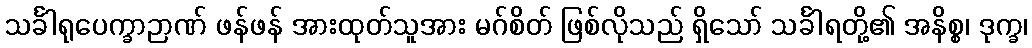
သင်္ခါရုပေက္ခာဉာဏ် ဖန်ဖန် အားထုတ်သူအား မဂ်စိတ် ဖြစ်လိုသည် ရှိသော် သင်္ခါရတို့၏ အနိစ္စ၊ ဒုက္ခ၊